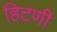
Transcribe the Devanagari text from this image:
हिटणी